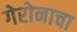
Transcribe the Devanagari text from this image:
गेरोनाचा